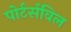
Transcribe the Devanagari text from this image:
पोर्टर्सविल